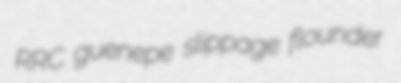
RRC guenepe slippage flounder